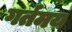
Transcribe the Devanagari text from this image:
गर्तमय